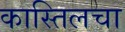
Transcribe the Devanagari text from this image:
कास्तिलचा